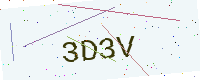
Text: 3D3V